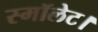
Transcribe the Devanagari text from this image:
स्मॉलेट।